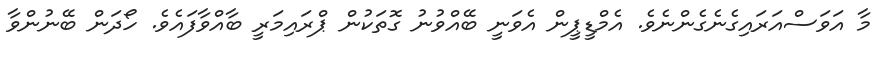
މާ އަވަސްއަރައިގެނެގެންނެވެ. އެމްޑީޕީން އެވަނީ ބޭއްވުނު ގޮތަކުން ޕްރައިމަރީ ބާއްވާފައެވެ. ހޯދަން ބޭނުންވާ